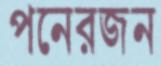
পনেরজন